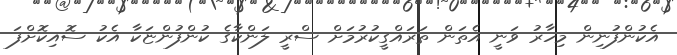
އެކުންފުނިން މިހާރު ވަނީ އެތަން ތަރައްގީކުރުމަށް ސްރީ ލަންކާގެ ކުންފުންޏަކާ އެކު ސޮއިކޮށްފަ